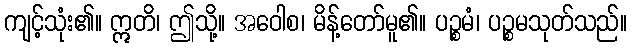
ကျင့်သုံး၏။ ဣတိ၊ ဤသို့။ အဝေါစ၊ မိန့်တော်မူ၏။ ပဉ္စမံ၊ ပဉ္စမသုတ်သည်။